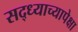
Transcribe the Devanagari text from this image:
सद्ध्याच्यापेक्षा